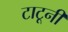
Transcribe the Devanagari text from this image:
टाटूनी